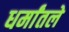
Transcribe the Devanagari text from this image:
धर्मांतले